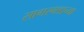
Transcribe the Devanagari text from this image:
सागरगडाच्या